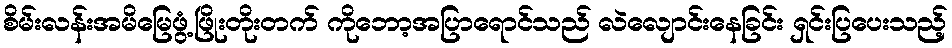
စိမ်းလန်းအမိမြေဖွံ့ဖြိုးတိုးတက် ကိုဘော့အပြာရောင်သည် လဲလျောင်းနေခြင်း ရှင်းပြပေးသည့်